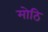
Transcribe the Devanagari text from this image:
मोठि